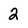
Character: 2